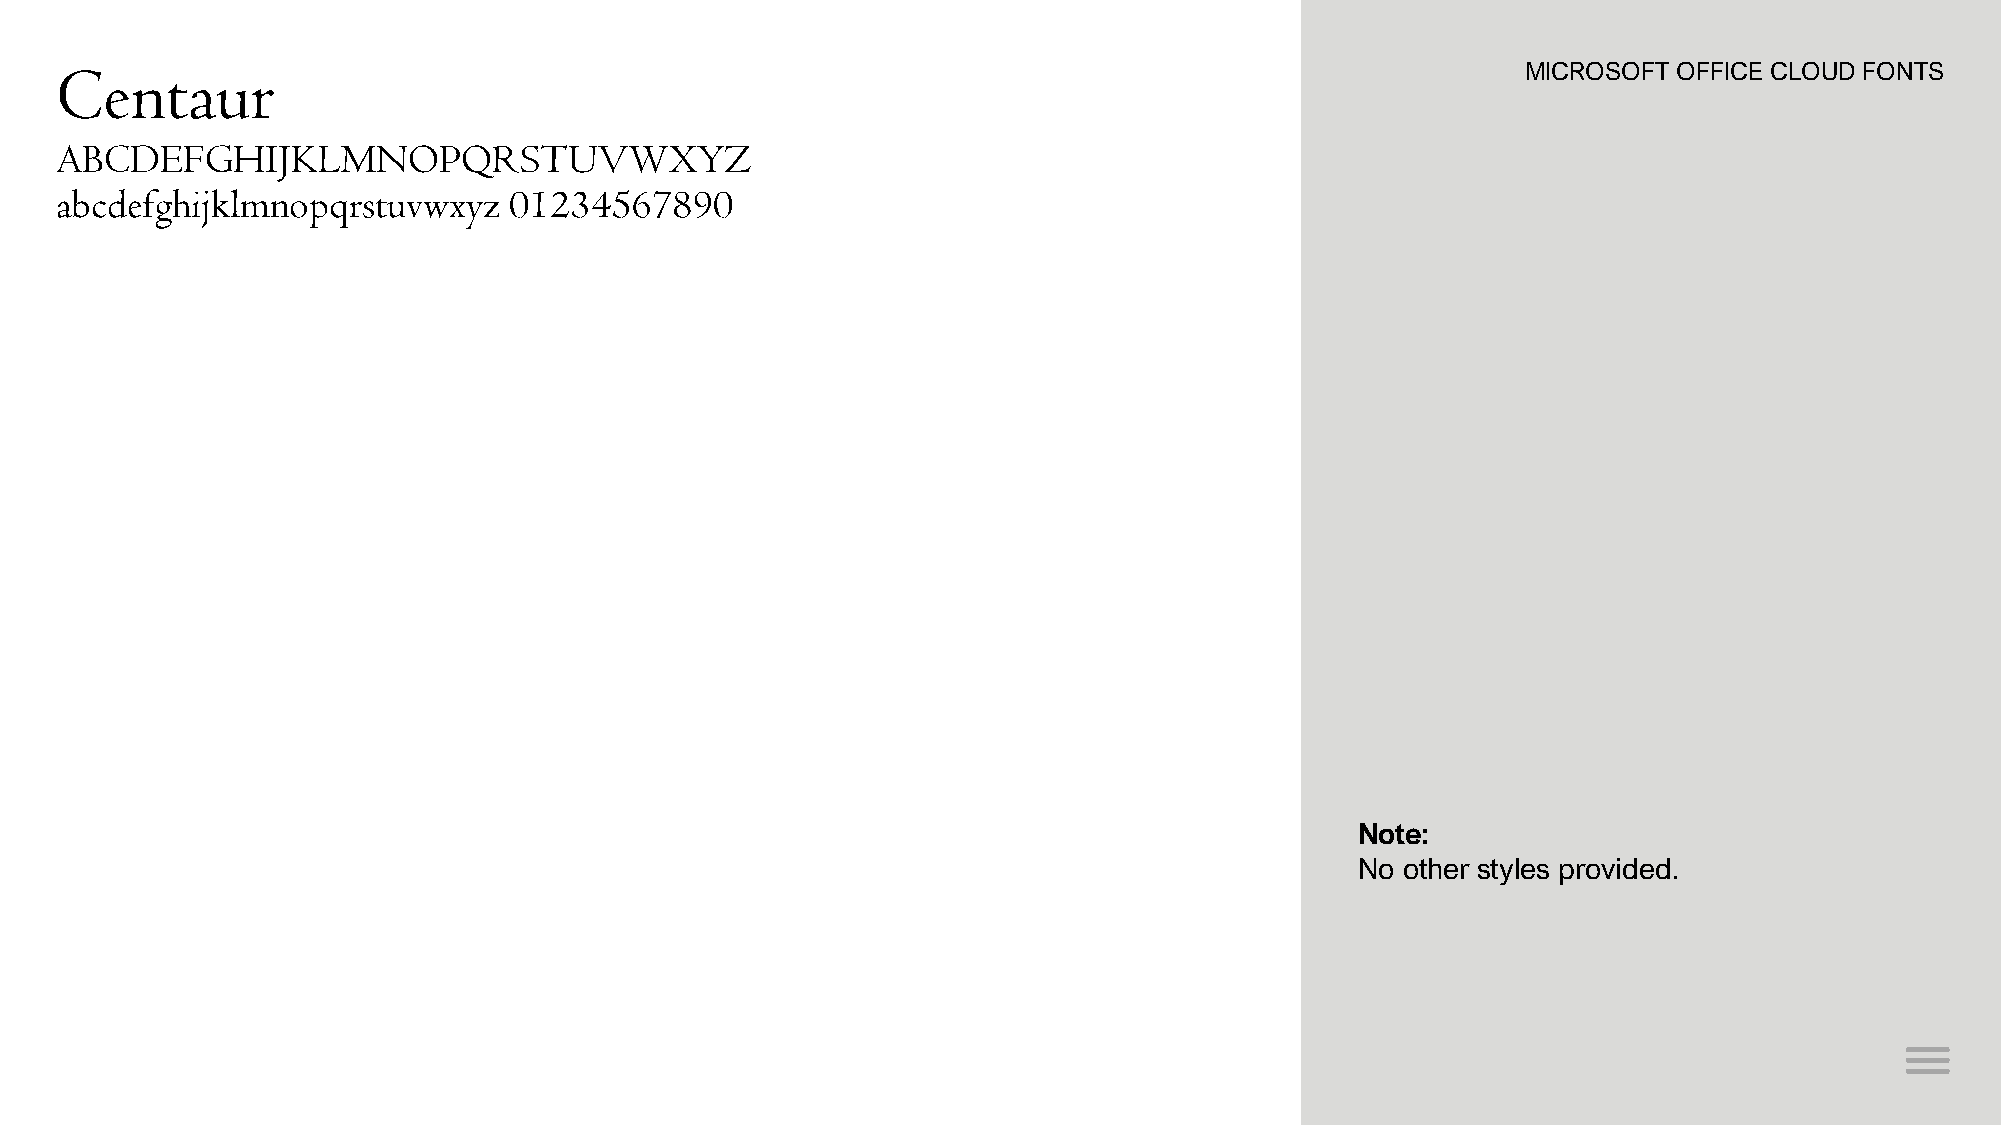
Centaur                                                                                          MICROSOFT OFFICE CLOUD FONTS
 ABCDEFGHIJKLMNOPQRSTUVWXYZ
 abcdefghijklmnopqrstuvwxyz    01234567890
 Note:
 No other styles provided.